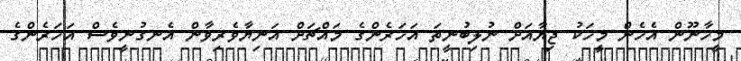
މީހާނޫން އެހެން މީހަކު ޖިޔާއަށް ނުލިބުނީތަ އަހަރެންގެ މައްޗަށް އަނިޔާވެރިވާން އެނގުނީވެސް އަހަރެންގެ